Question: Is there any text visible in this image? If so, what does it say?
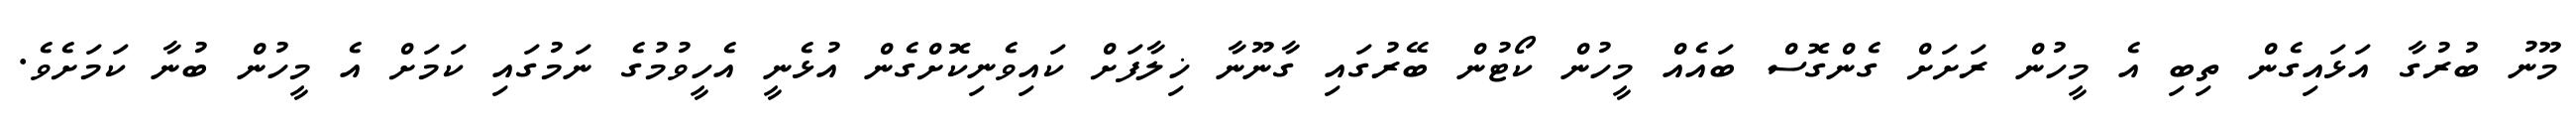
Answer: މޫނު ބުރުގާ އަޅައިގެން ތިބި އެ މީހުން ރަށަށް ގެންގޮސް ބައެއް މީހުން ކޯޓުން ބޭރުގައި ގާނޫނާ ޚިލާފަށް ކައިވެނިކޮށްގެން އުޅެނީ އެހީވުމުގެ ނަމުގައި ކަމަށް އެ މީހުން ބުނާ ކަމަށެވެ.